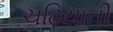
ચઢિયાતી